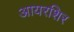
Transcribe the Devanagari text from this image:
आयरशिर